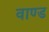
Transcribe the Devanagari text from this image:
वाण्ड